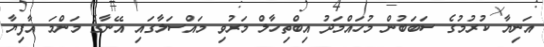
އަނިޔާ ކުރުމުގެ ސަބަބުން މުހައްމަދު އިބްތިހާލް މަރުވި މައްސަލާގައި އޭނާގެ މަންމަ އާފިޔާ